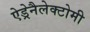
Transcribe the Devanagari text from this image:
ऐड्रेनैलेक्टोमी